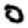
Digit: 0